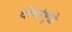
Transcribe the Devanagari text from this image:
दोघांमुळे